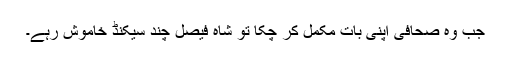
جب وہ صحافی اپنی بات مکمل کر چکا تو شاہ فیصل چند سیکنڈ خاموش رہے۔